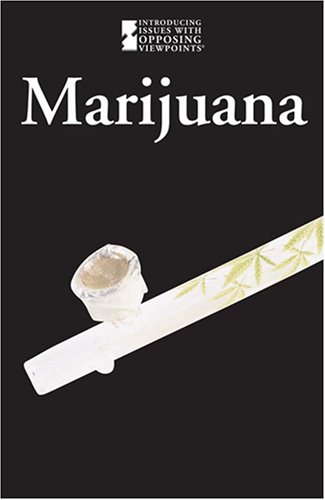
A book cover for Marijuana (Introducing Issues with Opposing Viewpoints); Christine Van Tuyl; Teen & Young Adult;